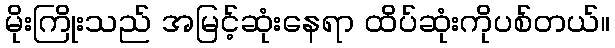
မိုးကြိုးသည် အမြင့်ဆုံးနေရာ ထိပ်ဆုံးကိုပစ်တယ်။